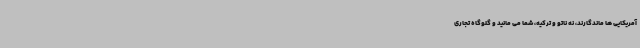
آمریکایی ها ماندگارند، نه ناتو و ترکیه، شما می مانید و گلوگاه تجاری